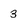
Character: 3